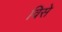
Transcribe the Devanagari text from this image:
विसे